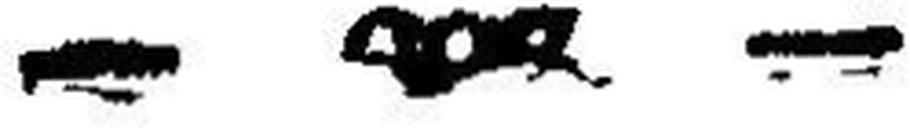
— ### —